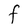
Character: F